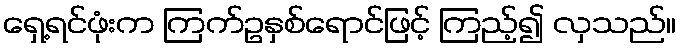
ရှေ့ရင်ဖုံးက ကြက်ဥနှစ်ရောင်ဖြင့် ကြည့်၍ လှသည်။